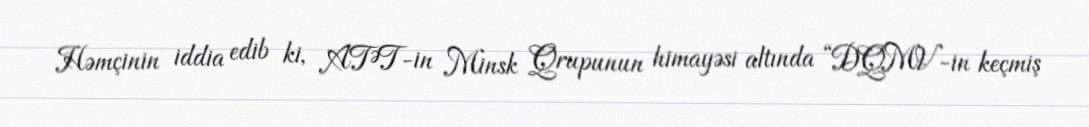
Həmçinin iddia edib ki, ATƏT-in Minsk Qrupunun himayəsi altında “DQMV-in keçmiş